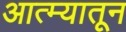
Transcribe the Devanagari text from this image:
आत्म्यातून